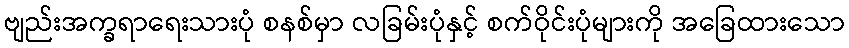
ဗျည်းအက္ခရာရေးသားပုံ စနစ်မှာ လခြမ်းပုံနှင့် စက်ဝိုင်းပုံများကို အခြေထားသော